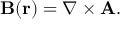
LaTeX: \mathbf { B } ( { \mathbf { r } } ) = \nabla \times { \mathbf { A } } .